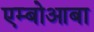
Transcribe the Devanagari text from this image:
एम्बोआबा